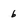
Character: b